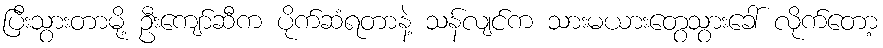
ပြီးသွားတာမို့ ဦးကျော်ဆီက ပိုက်ဆံရတာနဲ့ သန်လျင်က သားမယားတွေသွားခေါ် လိုက်တော့